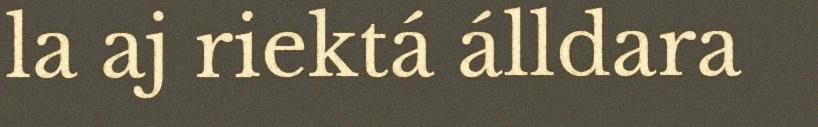
la aj riektá álldara